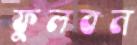
ফুলবন